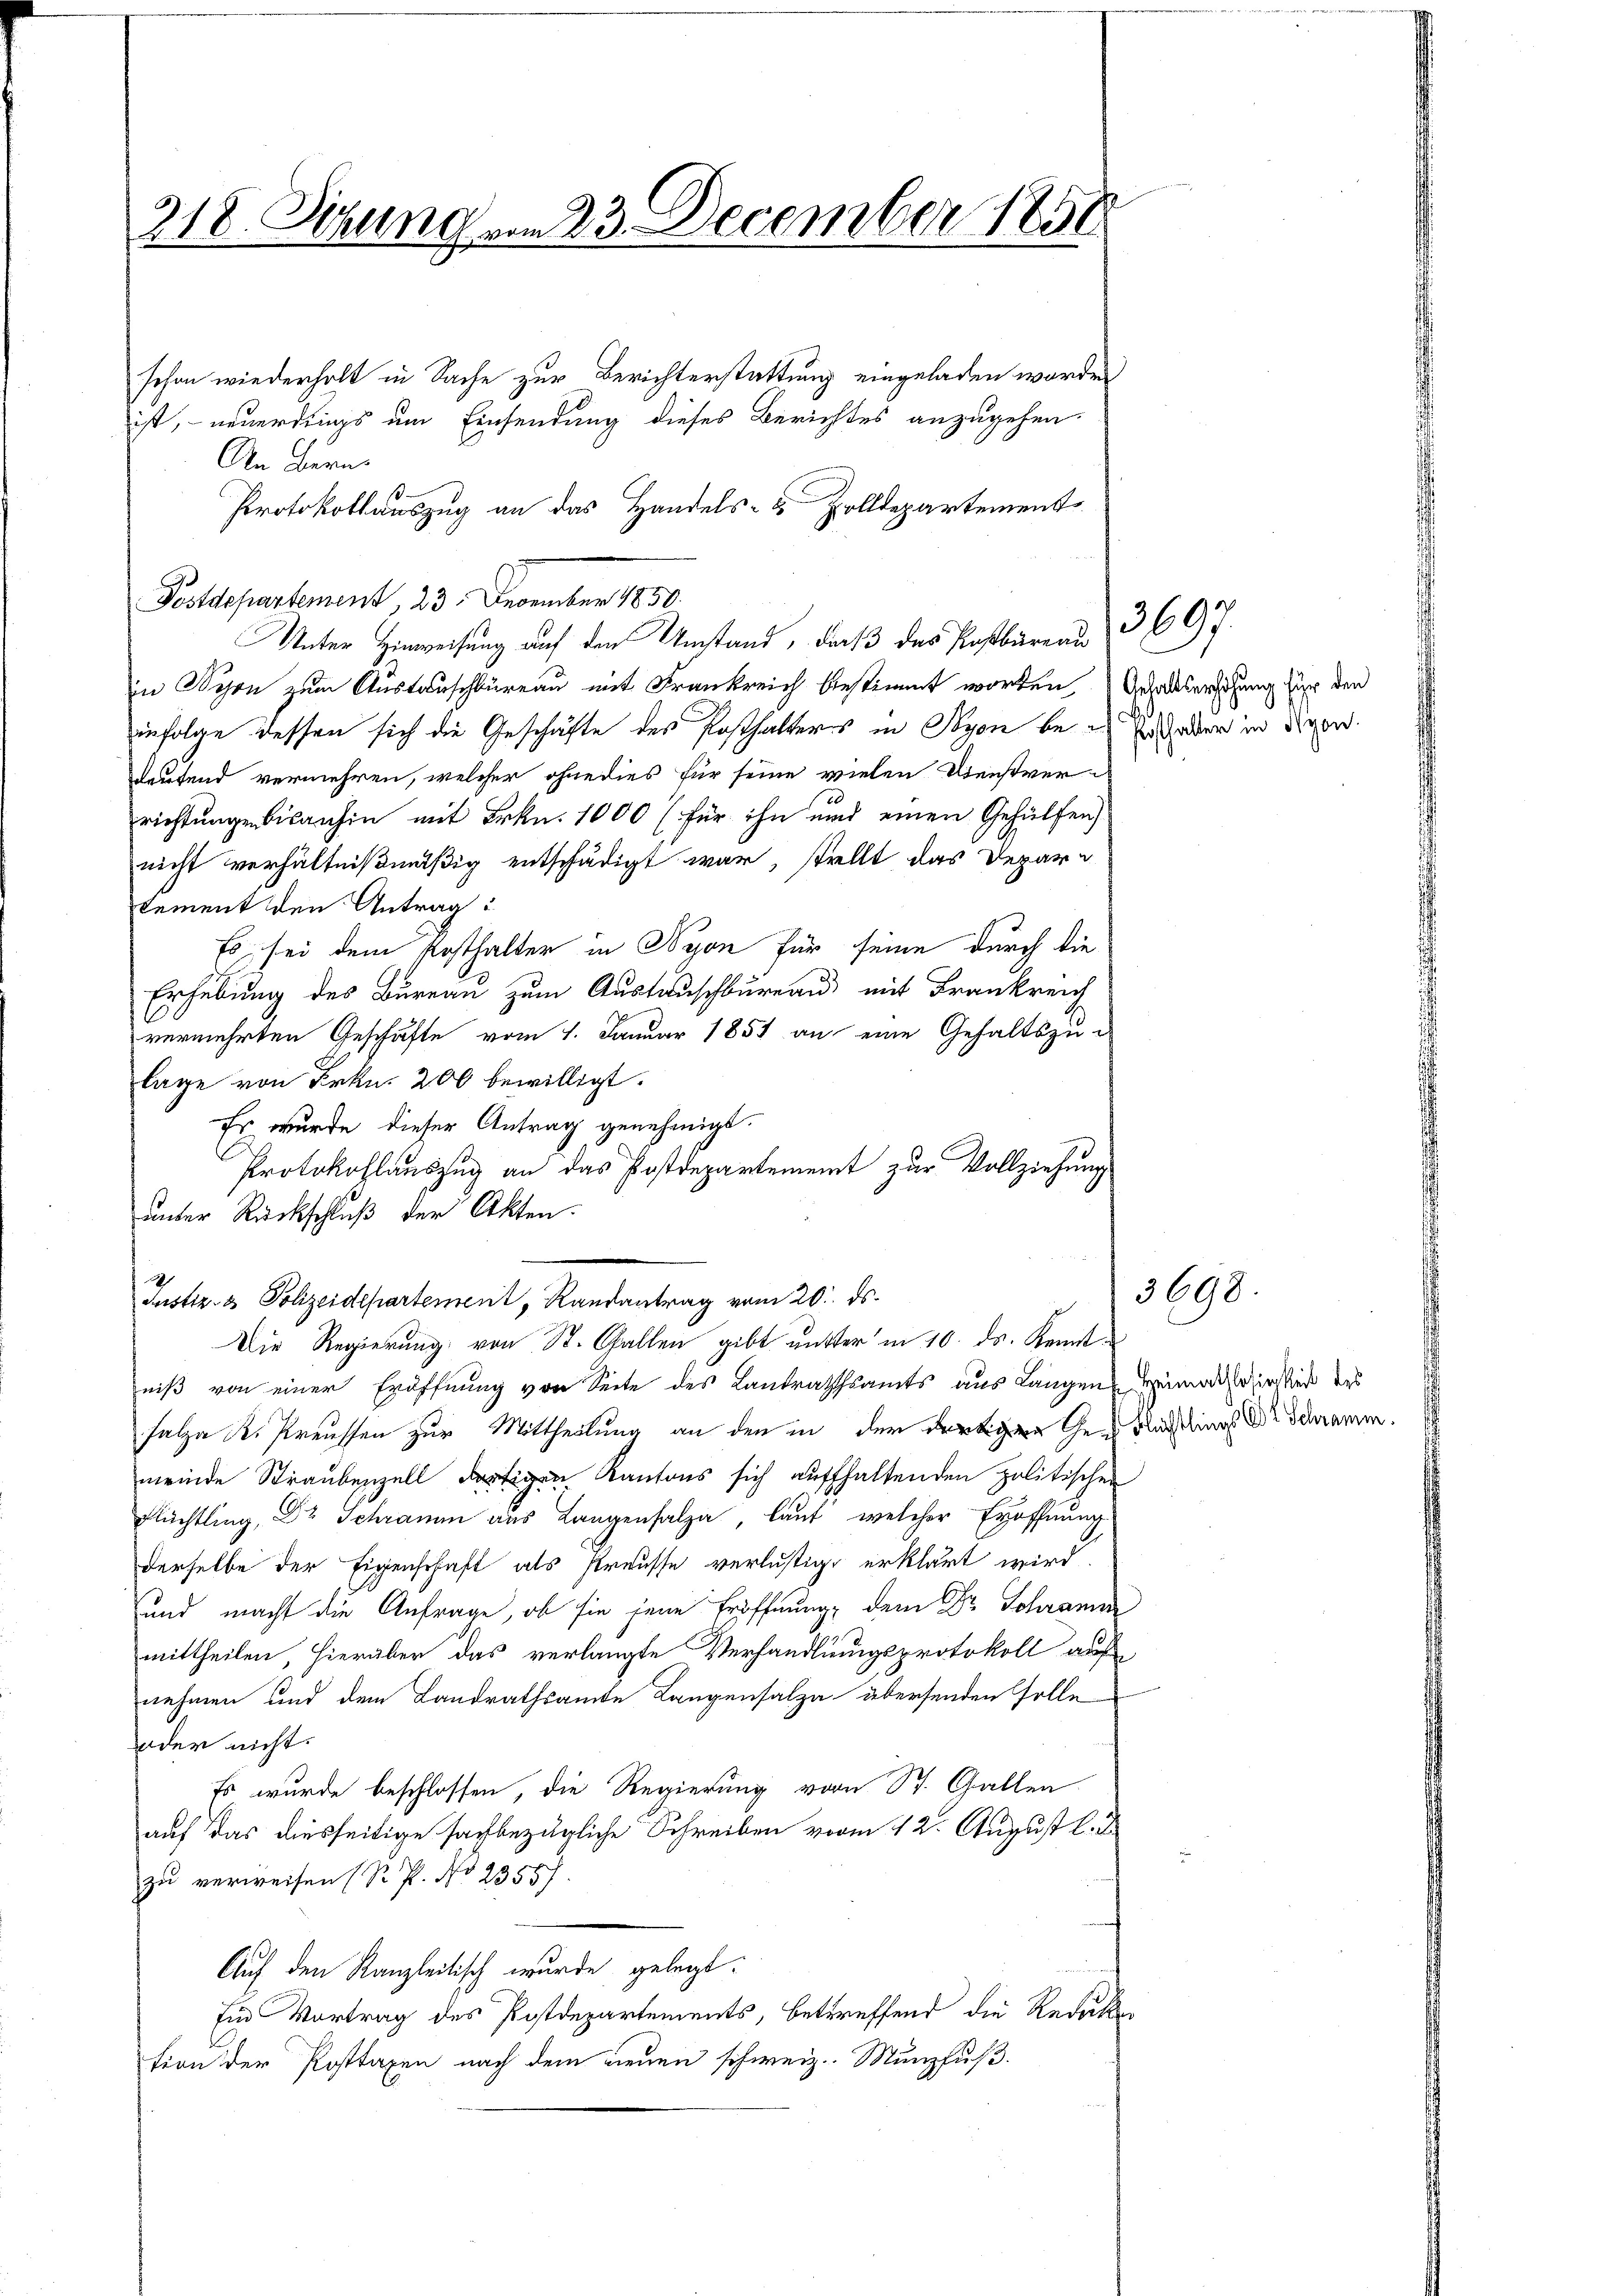
218. Sitzung vom 23. December 1850

schon wiederholt in Sache zur Berichterstattung eingeladen worden
ist, neuerdings um Einsendung dieses Berichtes anzugehen.
An Bern.
Protokollauszug an das Handels- & Zolldepartement
Postdepartement, 23. December 1850.
Unter Hinweisung auf den Umstand, daß das Postbureau
in Bern zum Austauschbüreau mit Frankreich bestimmt worden, Gehaltserschung für den
infolge dessen sich die Geschäfte des Posthalteres in Nyon beleutend vermehren, welcher ohne dies für seine vielen Dienstverrichtungen bisanhin mit Frkn. 1000 für ihn und einen Gehülfen
nicht verhältnißmäßig entschädigt war, stellt das Departement den Antrag:
Es sei dem Posthalter in Nyon für seine durch die
Erhebung des Bureau zum Austauschbüreau mit Frankreich
vermehrten Geschäfte vom 1. Januar 1851 an eine Gehaltszu-
lage von Frkn. 200 bewilligt.
Es wurde dieser Antrag genehmigt.
Protokollauszug an das Postdepartement zur Vollziehung
unter Rückschluß der Akten.
Justiz- & Polizeidepartement, Randantrag vom 20. ds.
Die Regierung von St. Gallen gibt mutter in 10. ds. Kenntniß von einer Eröffnung von Seite des Landrathsamts aus Langen
Falza R. Preussen zur Mittheilung an den in der dortigen Ge-
meinde Straubenzelligen Kantons sich aufhaltenden politischen
Flüchtling, Dr Schraum aus Langensalze, laut, welcher Eröffnung
derselbe der Eigenschaft als streusse verlustigt erklärt wird.
und macht die Anfrage, ob sie jene Eröffnung dem Dr. Schrame
mittheilen, hierüber das verlangte Verhandlungsprotokoll auf
nehmen und dem Landrathsamte Langensalza übersenden Folle
oder nicht:
Es wurde beschlossen, die Regierung vom St. Gallen
auf das diesseitige sachbezügliche Schreiben vom 12. August l. Js.
zu verweisen (S. P. No 2358)
Auf den Kanzleitisch wurde gelegt.
Ein Vortrag des Postdepartements, betreffend die Reduker
tion der Posttaxen nach dem neuen schweiz. Münzfuß.

rsthalter in Nyon.

3697.

3698.

Heimathlosigkeit des
Flüchtlings Dr Schramm